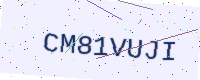
Text: CM81VUJI